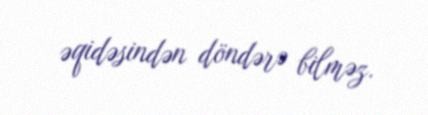
əqidəsindən döndərə bilməz.